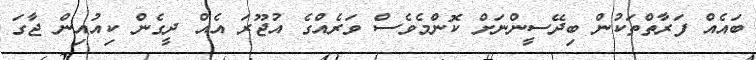
ބައެއް ފަރާތްތަކުން ބިދޭސީންނަށް ކޮންމެވެސް ވަރެއްގެ އުޖޫރަ އެއް ދީގެން ކިއުއިން ޖާގަ